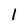
Character: 1